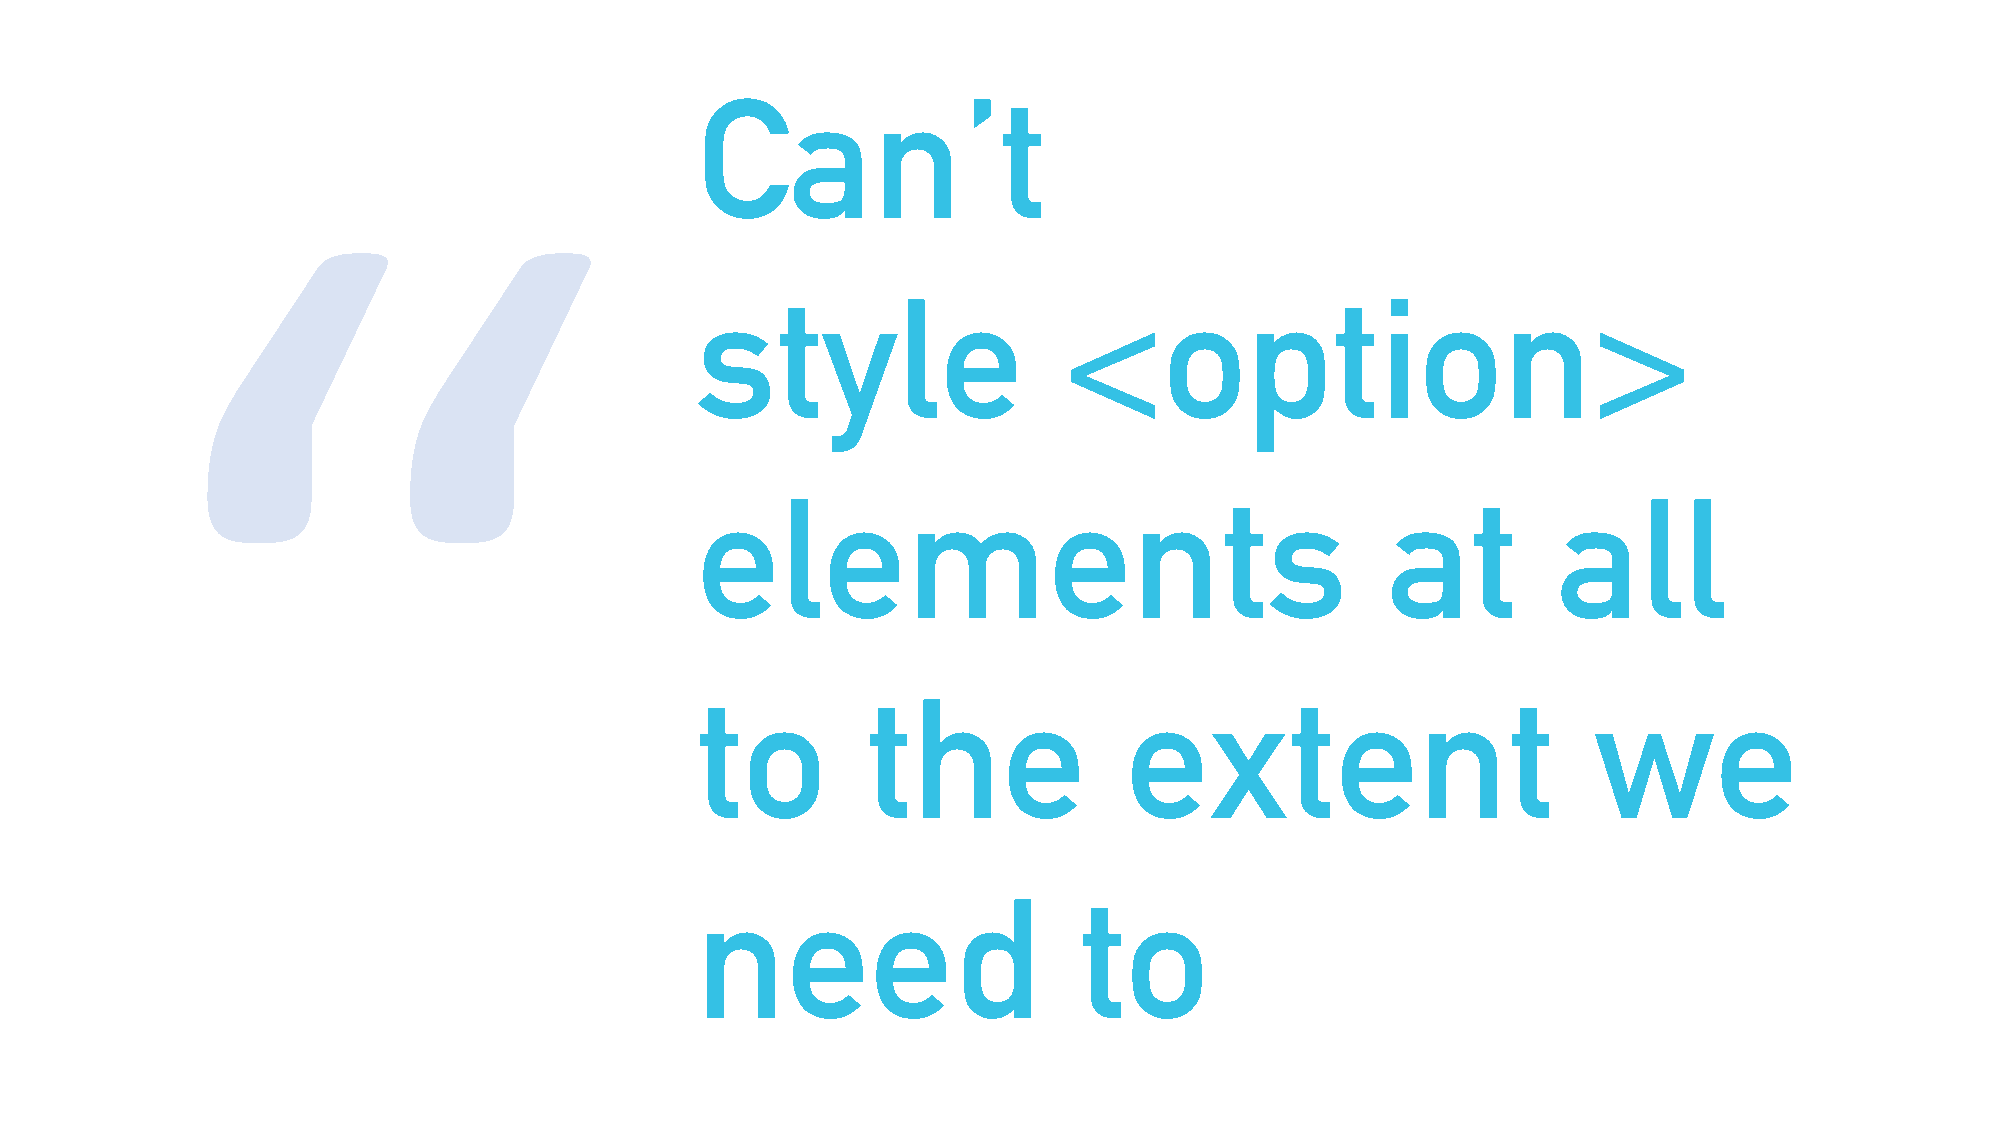
Can’t
 “
 style                   <option>
 elements                                      at         all
 to         the              extent                         we
 need                     to